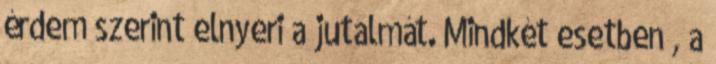
érdem szerint elnyeri a jutalmát. Mindkét esetben , a